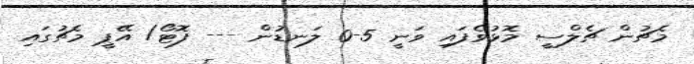
މެޗުން ޗެލްސީ މޮޅުވެފައި ވަނީ 5-0 ލަނޑުން --- ފޮޓޯ/ އޭޕީ މެޗުގައި